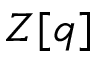
Z [ q ]